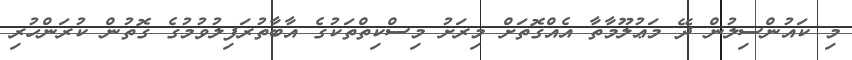
މި ކައުންސިލުން ދޭ މަޢުލޫމާތާ އެއްގޮތަށް މިރަށު މިސްކިތްތަކުގެ އާބާތުރަފިލުވުމުގެ ގޮތުން ކުރަންހުރި